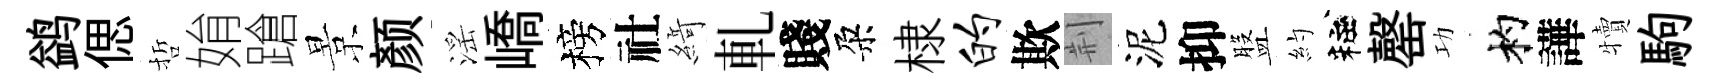
鹢偲哲姢蹌景颜滛嶠榜社𦂶軋賤朶棣的欺荆泥抑盤約粧罄功杓譁犢駒